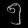
Digit: ၅